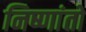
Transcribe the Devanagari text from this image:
निष्णांतो